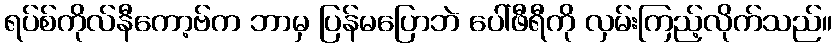
ရပ်စ်ကိုလ်နီကော့ဗ်က ဘာမှ ပြန်မပြောဘဲ ပေါ်ဖီရီကို လှမ်းကြည့်လိုက်သည်။